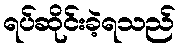
ရပ်ဆိုင်းခဲ့ရသည်